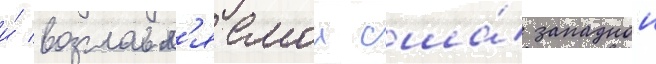
и́ возглавл'яемои сша́ западнои